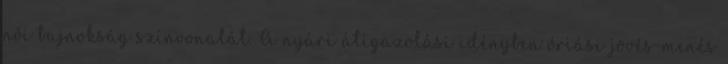
női bajnokság színvonalát. A nyári átigazolási idényben óriási jövés-menés